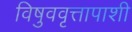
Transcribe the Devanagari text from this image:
विषुववृत्तापाशी